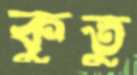
কুতু